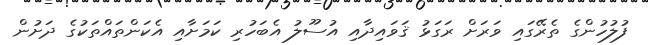
ފުލުހުންގެ ތެރޭގައި ވަރަށް ރަގަޅު ޤަވައިދާއި އުސޫލު އެބަހުރި ކަމަށާއި އެކަންތައްތަކުގެ ދަށުން